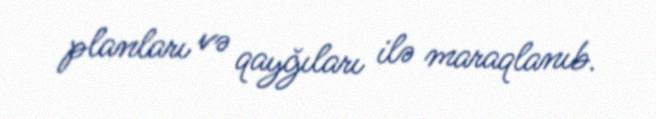
planları və qayğıları ilə maraqlanıb.